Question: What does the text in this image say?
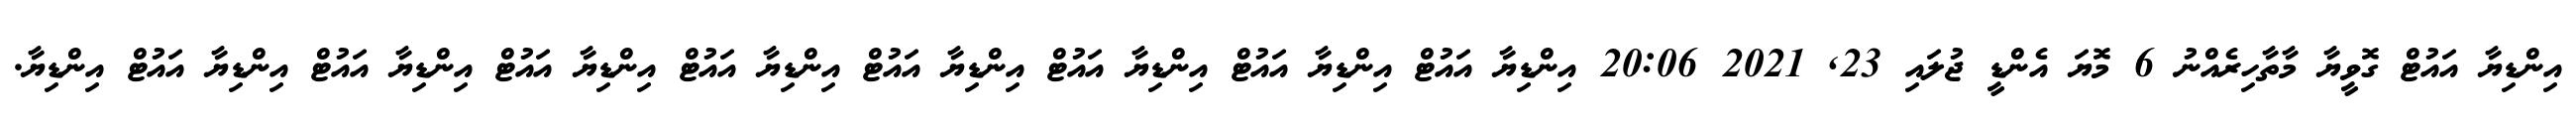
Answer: އިންޑިޔާ އައުޓް ގޮވީޔާ މާތާހިރެއްނު 6 މޮޔަ އެންޑީ ޖުލައި 23, 2021 20:06 އިންޑިޔާ އައުޓް އިންޑިޔާ އައުޓް އިންޑިޔާ އައުޓް އިންޑިޔާ އައުޓް އިންޑިޔާ އައުޓް އިންޑިޔާ އައުޓް އިންޑިޔާ އައުޓް އިންޑިޔާ އައުޓް އިންޑިޔާ.